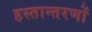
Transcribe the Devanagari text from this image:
हस्तान्तरणों